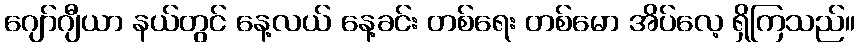
ဂျော်ဂျီယာ နယ်တွင် နေ့လယ် နေ့ခင်း တစ်ရေး တစ်မော အိပ်လေ့ ရှိကြသည်။